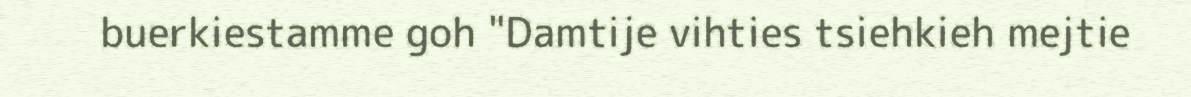
buerkiestamme goh "Damtije vihties tsiehkieh mejtie